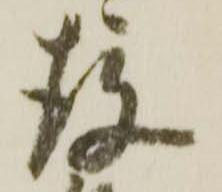
存